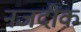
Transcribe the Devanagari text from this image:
नजदींक